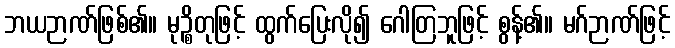
ဘယဉာဏ်ဖြစ်၏။ မုဉ္စိတုဖြင့် ထွက်ပြေးလို၍ ဂေါတြဘူဖြင့် စွန့်၏။ မဂ်ဉာဏ်ဖြင့်